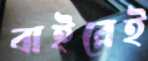
বাইরেই